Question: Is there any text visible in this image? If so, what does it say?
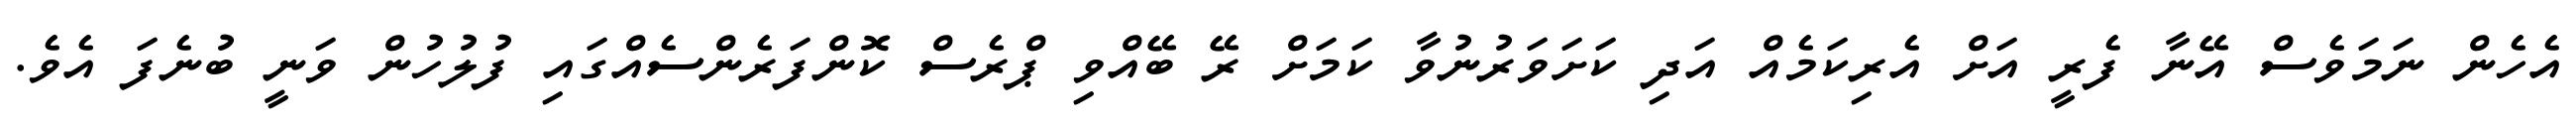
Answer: އެހެން ނަމަވެސް އޭނާ ފެރީ އަށް އެރިކަމެއް އަދި ކަށަވަރުނުވާ ކަމަށް ރޭ ބޭއްވި ޕްރެސް ކޮންފަރެންސެއްގައި ފުލުހުން ވަނީ ބުނެފަ އެވެ.